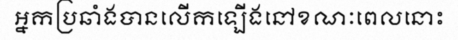
អ្នកប្រឆាំងបានលើកឡើងនៅខណៈពេលនោះ